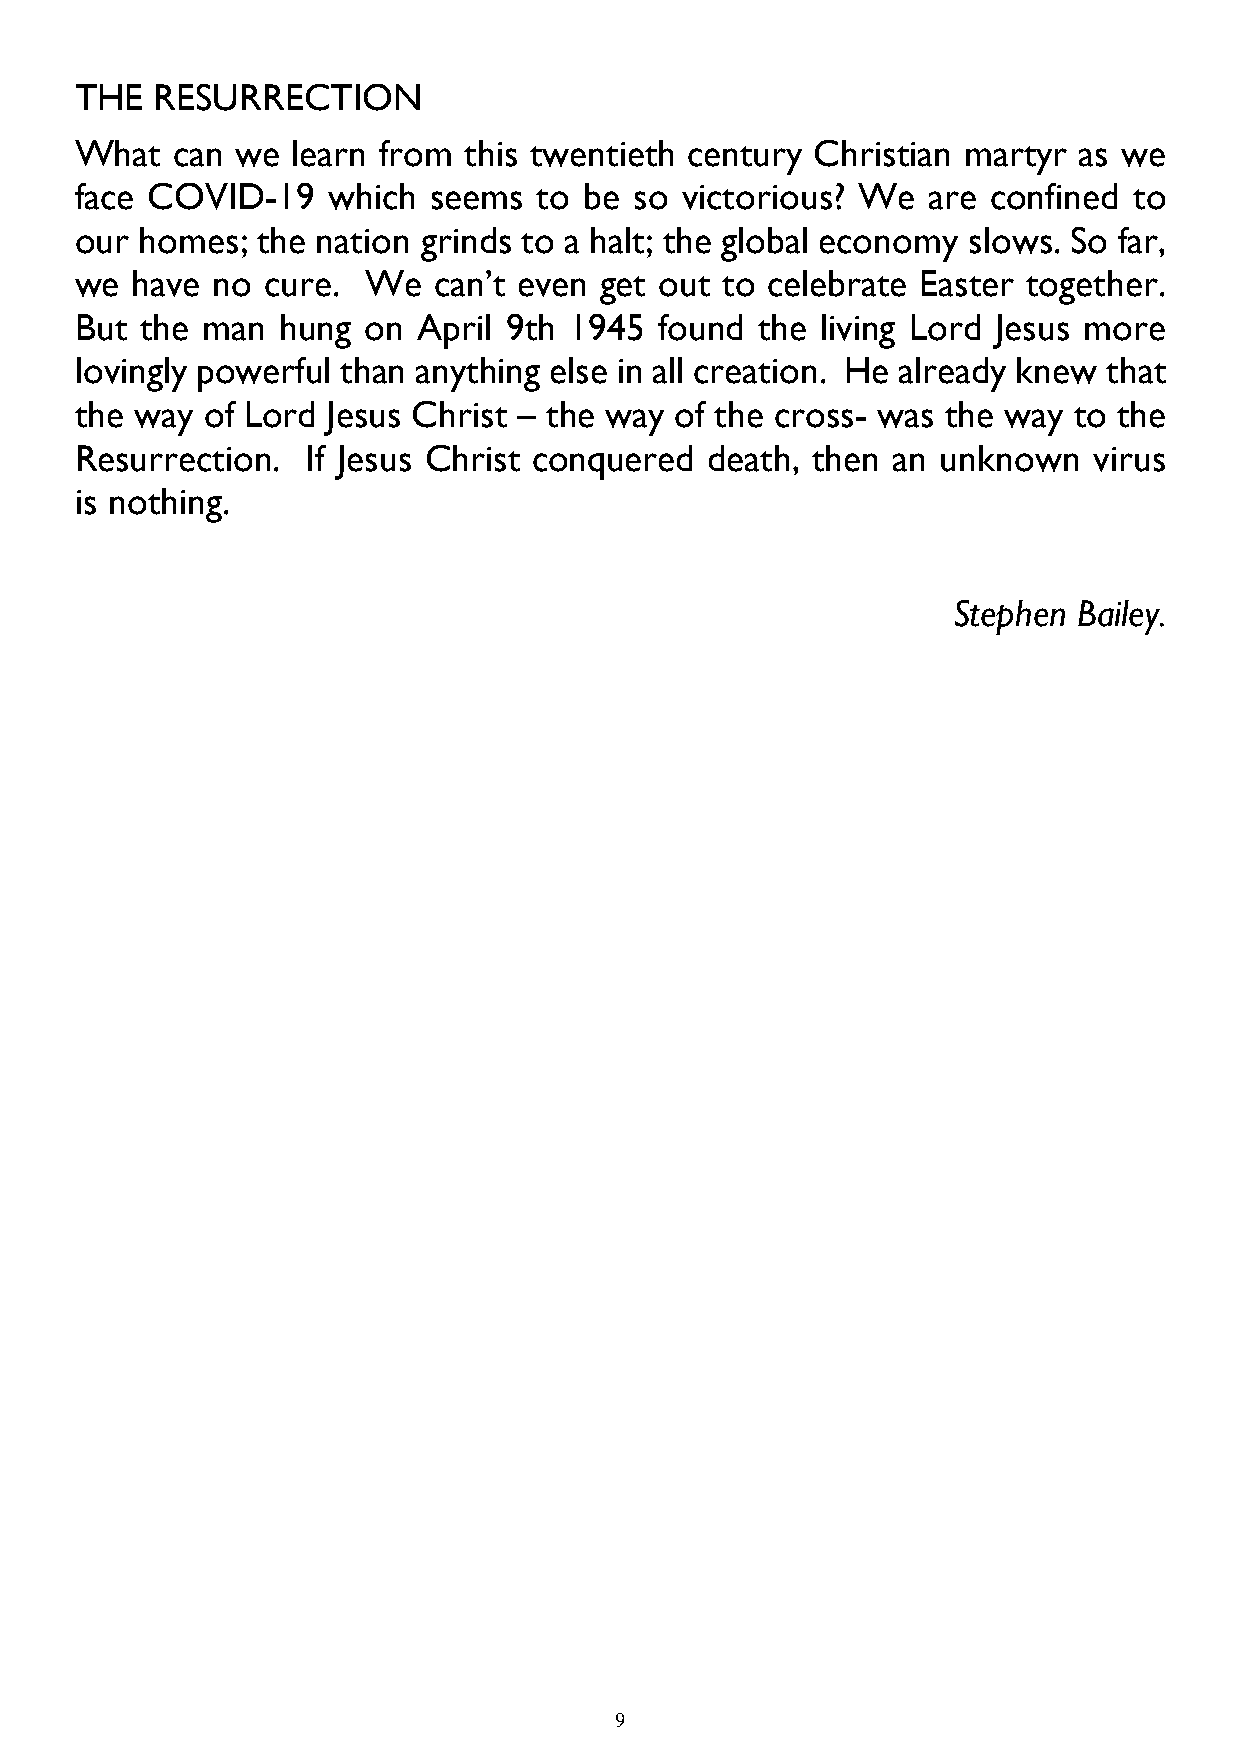
THE  RESURRECTION
 What  can  we learn from  this twentieth century Christian martyr as we
 face COVID-19    which seems   to be so victorious? We  are  confined to
 our homes;  the nation grinds to a halt; the global economy slows. So far,
 we  have no cure.  We   can’t even get out to celebrate Easter together.
 But the man   hung on  April 9th 1945  found the living Lord Jesus more
 lovingly powerful than anything else in all creation. He already knew that
 the way of Lord  Jesus Christ – the way of the cross- was the way to the
 Resurrection.  If Jesus Christ conquered  death, then an unknown   virus
 is nothing.
 Stephen Bailey.
 9